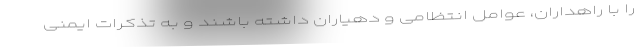
را با راهداران، عوامل انتظامی و دهیاران داشته باشند و به تذکرات ایمنی